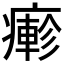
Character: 𤺋